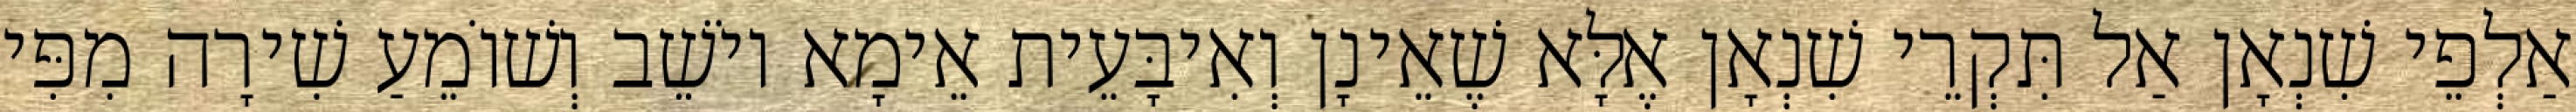
אַלְפֵי שִׁנְאָן אַל תִּקְרֵי שִׁנְאָן אֶלָּא שֶׁאֵינָן וְאִיבָּעֵית אֵימָא יוֹשֵׁב וְשׁוֹמֵעַ שִׁירָה מִפִּי